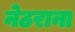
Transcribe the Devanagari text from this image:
नेठराना